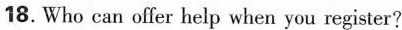
18.Who can offer help when you register?